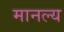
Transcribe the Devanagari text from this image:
मानल्य